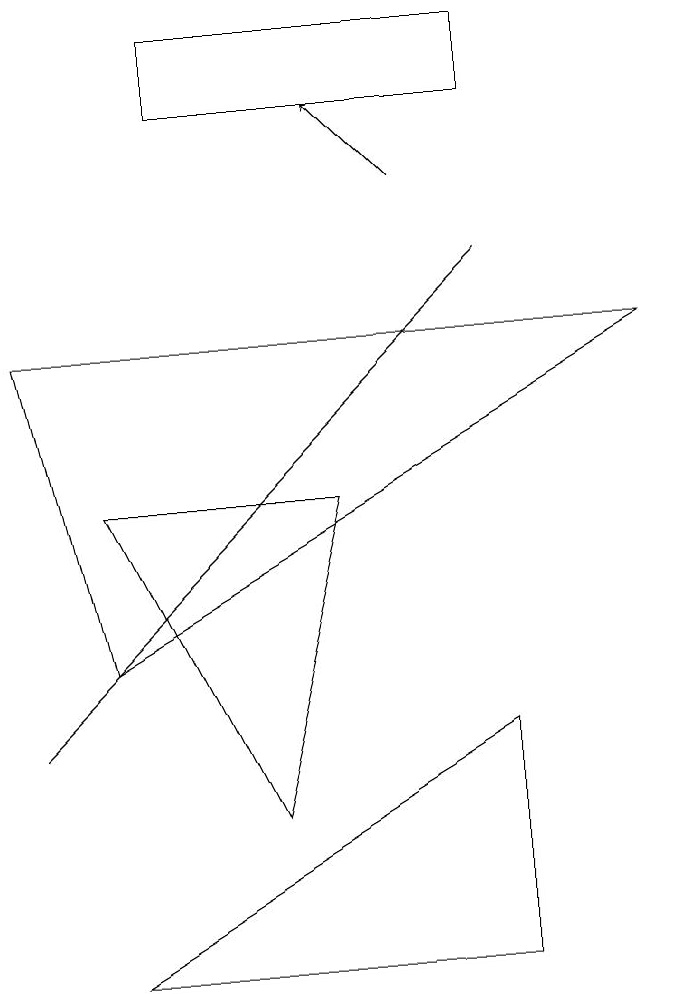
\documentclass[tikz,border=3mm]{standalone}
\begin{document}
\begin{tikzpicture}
\draw (3,5) -- (7,9) -- (1,3) -- cycle;
\draw (7,3) -- (7,0) -- (2,0) -- cycle;
\draw (7,12) rectangle (3,11);
\draw (2,4) -- (9,8) -- (1,8) -- cycle;
\draw[->] (6,10) -- (5,11);
\draw (5,6) -- (2,6) -- (4,2) -- cycle;
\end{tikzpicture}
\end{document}